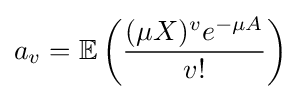
a_{v}=\mathbb {E} \left({\frac {(\mu X)^{v}e^{-\mu A}}{v!}}\right)